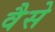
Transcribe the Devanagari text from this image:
वैेसे